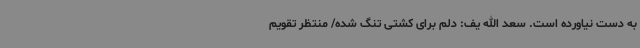
به دست نیاورده است. سعد الله یف: دلم برای کشتی تنگ شده/ منتظر تقویم